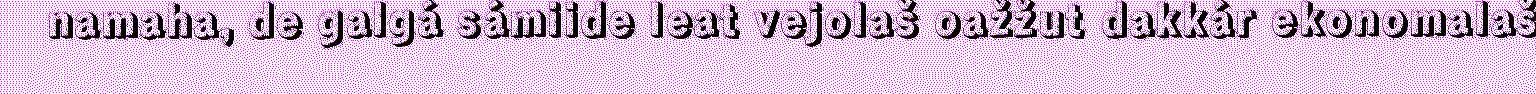
namaha, de galgá sámiide leat vejolaš oažžut dakkár ekonomalaš